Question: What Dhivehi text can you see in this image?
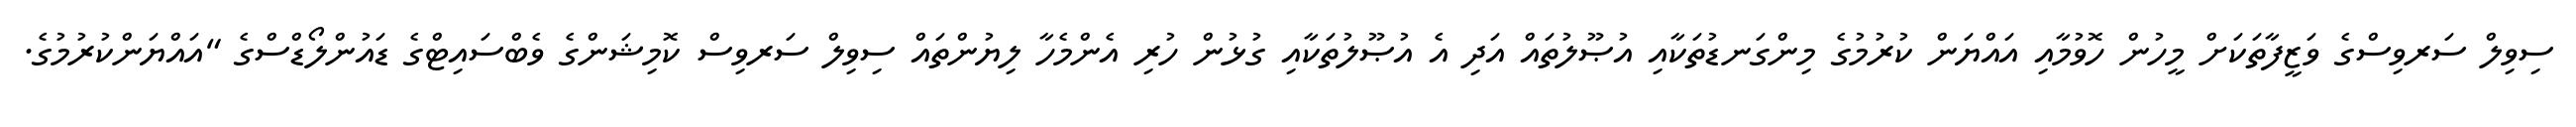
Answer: ސިވިލް ސަރވިސްގެ ވަޒީފާތަކަށް މީހުން ހޮވުމާއި އައްޔަން ކުރުމުގެ މިންގަނޑުތަކާއި އުޞޫލުތައް އަދި އެ އުޞޫލުތަކާއި ގުޅުން ހުރި އެންމެހާ ލިޔުންތައް ސިވިލް ސަރވިސް ކޮމިޝަންގެ ވެބްސައިޓްގެ ޑައުންލޯޑްސްގެ "އައްޔަންކުރުމުގެ.